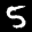
Label: 5